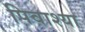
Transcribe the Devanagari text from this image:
पिवाश्या